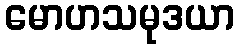
မောဟသမုဒယာ